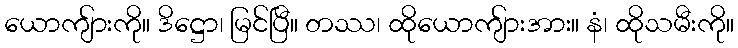
ယောကျ်ားကို။ ဒိဋ္ဌော၊ မြင်ပြီ။ တဿ၊ ထိုယောကျ်ားအား။ နံ၊ ထိုသမီးကို။